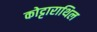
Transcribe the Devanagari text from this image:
कोट्टाराथिल